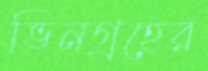
ভিনগ্রহের